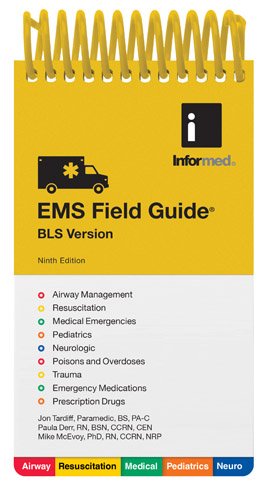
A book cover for EMS Field Guide, BLS Version; Informed; Medical Books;